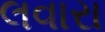
લવારા